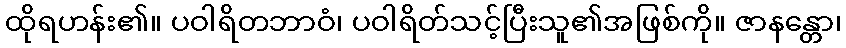
ထိုရဟန်း၏။ ပဝါရိတဘာဝံ၊ ပဝါရိတ်သင့်ပြီးသူ၏အဖြစ်ကို။ ဇာနန္တော၊